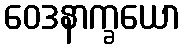
ဝေဒနာက္ခယော